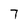
Character: 7